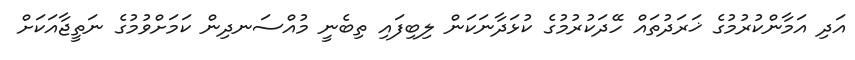
އަދި އަމާންކުރުމުގެ ޚަރަދުތައް ހޭދަކުރުމުގެ ކުޅަދާނަކަން ލިބިފައި ތިބެނީ މުއްސަނދިން ކަމަށްވުމުގެ ނަތީޖާއަކަށް